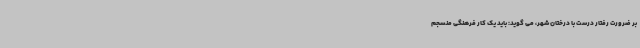
بر ضرورت رفتار درست با درختان شهر، می گوید: باید یک کار فرهنگی منسجم